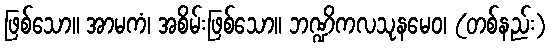
ဖြစ်သော။ အာမကံ၊ အစိမ်းဖြစ်သော။ ဘဏ္ဍိကလသုနမေဝ၊ (တစ်နည်း)